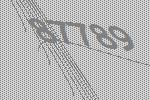
87789